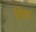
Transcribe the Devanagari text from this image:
चित्ता।